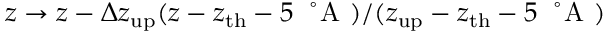
z \rightarrow z - \Delta z _ { \mathrm { u p } } ( z - z _ { \mathrm { t h } } - 5 ~ \mathrm { ~ \r ~ A ~ } ) / ( z _ { \mathrm { u p } } - z _ { \mathrm { t h } } - 5 ~ \mathrm { ~ \r ~ A ~ } )